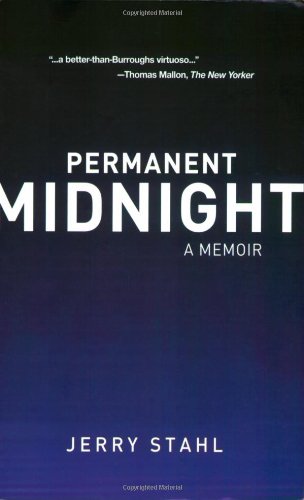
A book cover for Permanent Midnight: A Memoir; Jerry Stahl; Health, Fitness & Dieting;